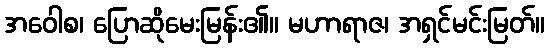
အဝေါစ၊ ပြောဆိုမေးမြန်း၏။ မဟာရာဇ၊ အရှင်မင်းမြတ်။